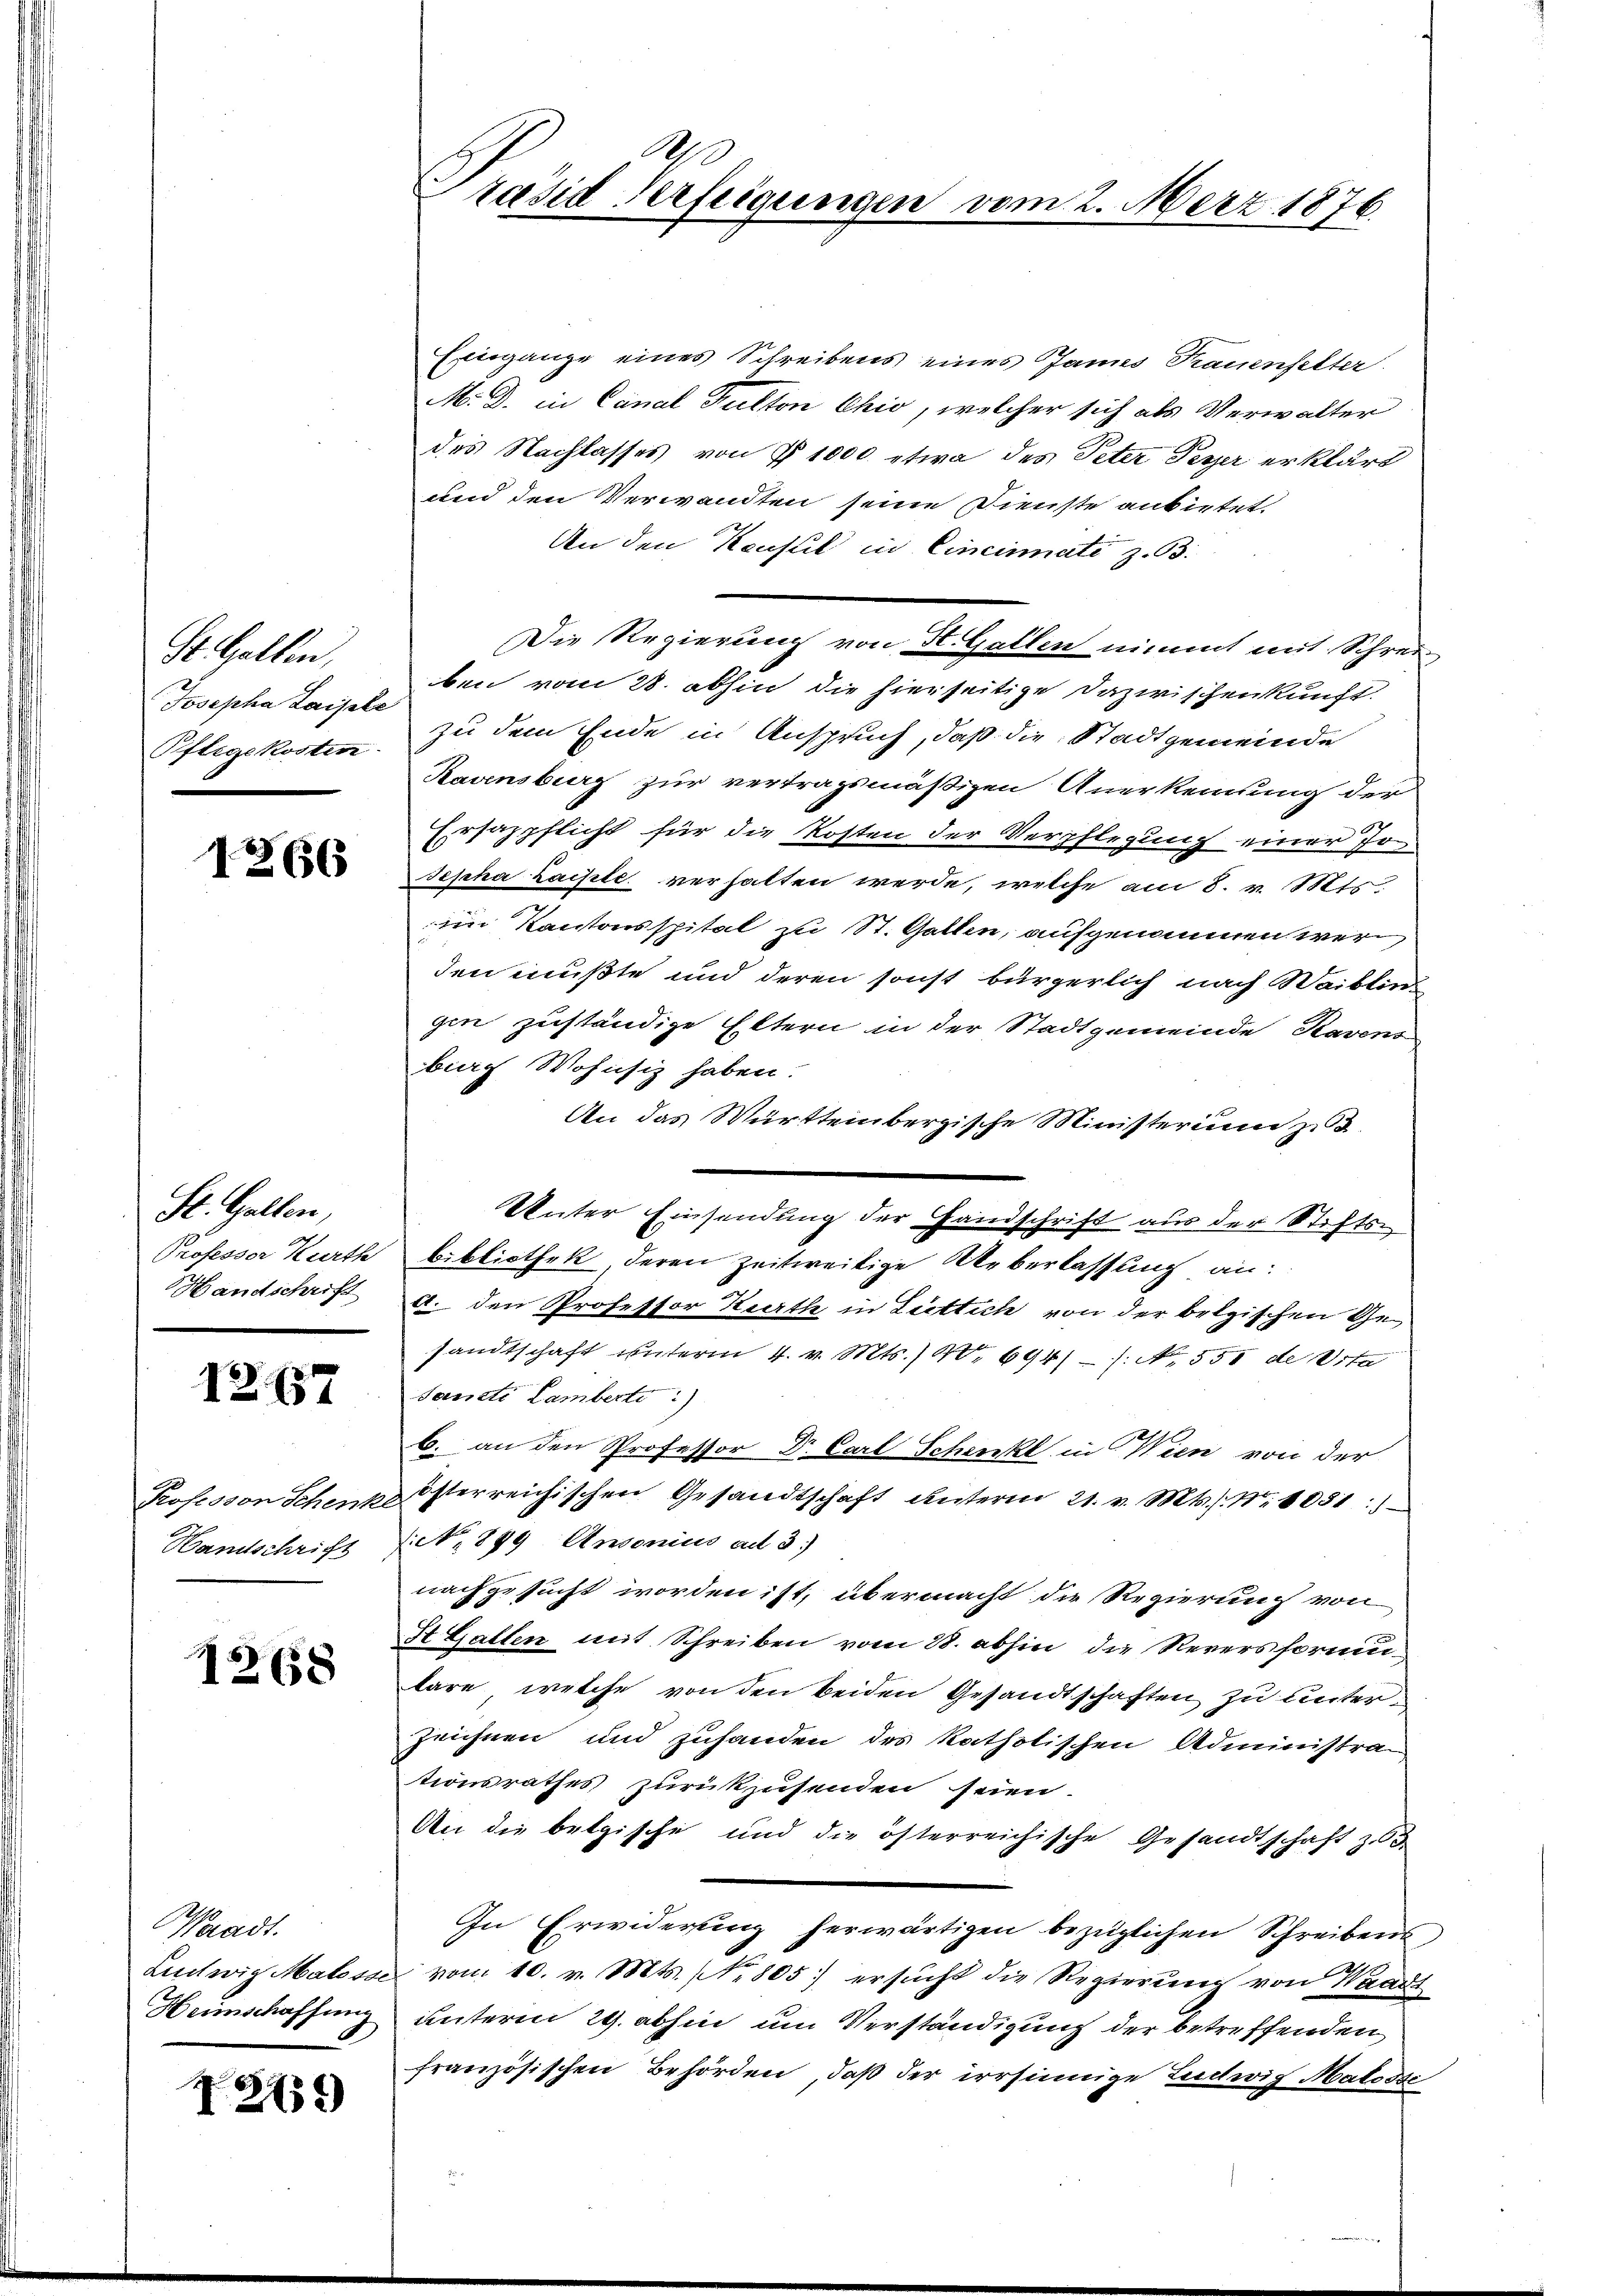
St. Gallen,
Josepha Laipte

1266

St. Gallen,
Handschrift

12. 657

Professor Schent
Handschrift

12658

Waadt.

I275)

Evergange eines Schreibens eines Janus Frauenselter
M. D. in Canal Pulton Chio, welcher sich als Verwalter
des Nachlasses von § 1000 etwa des Peter Tesser erklärt
und den Verwandten seine Dienste anbietet.
An den Konsul in Cincinate z. B.
Die Regierung von St. Gallen nimmt mit Schrei
ben vom 28. abhin die hierseitige Dazwischenkunft.
Pflegekosten zu dem Ende in Anspruch, daß die Stadtgemeinde
Ravensburg zur vertragsmäßigen Anerkennung der
Ersazpflicht für die Kosten der Verpflegung einer Ir¬
Jepha Laisite verhalten werde, welche am 8. v. Mts.
iin Kantonsspital zu St. Gallen, aufgenommen werden mußte und deren sonst bürgerlich nach Waiblin
gen zuständige Eltern in der Stadtgemeinde Ravens
biech Wohnsiz haben:
An das Württembergische Ministerium zu
Unter Einsendung der Handschrift aus der Stifts-
Professor Kurth Bibliothek, deren zeitweilige Ueberlassung an:
c. den Professor Kerth in Luttich von der belgischen Gesandtschaft unterm 4. v. Mts. 20. 694//. No. 551 de Vita
Sancti Lamberto:)
b. an den Professor Dr. Carl Schenke in Wien von der
 Österreichischen Gesandtschaft unterm 21. v. Mts. Nr. 1051:
No 899 Ansonius ad 3.)
nachgesucht worden ist, übermacht die Regierung von
St. Gallen mit Schreiben vom 28. abhin die Reversformutäre, welche von den beiden Gesandtschaften zu unter¬
Zeichnen und zuhanden des katholischen Administra-
tionsrathes zurückzusenden seien.
An die belgische und die österreichische Gesandtschaft z. 3.
In Erwiderung herwärtigen bezüglichen Schreibens
Ludwig Malosse vom 10. v. Mts. No. 805. ersŭcht die Regierŭng von Waadt
Heimschaffung unterm 29. abhin um Verständigung der betreffenden
französischen Behörden, daß der irrsinnige Leidwig Matodsc

A
Präsid-Verfeigungen vom 2. März 1876.